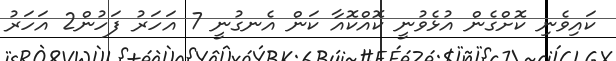
ކައިވެނި ކޮށްގެން އުޅެވުނީ ކޮއްކޮއާ ކަން އެނގުނީ 7 އަހަރު ފަހުން2 އަހަރު